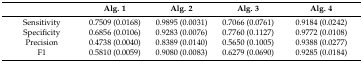
<table><thead><tr><td></td><td><b>Alg. 1</b></td><td><b>Alg. 2</b></td><td><b>Alg. 3</b></td><td><b>Alg. 4</b></td></tr></thead><tbody><tr><td>Sensitivity</td><td>0.7509 (0.0168)</td><td>0.9895 (0.0031)</td><td>0.7066 (0.0761)</td><td>0.9184 (0.0242)</td></tr><tr><td>Specificity</td><td>0.6856 (0.0106)</td><td>0.9283 (0.0076)</td><td>0.7760 (0.1127)</td><td>0.9772 (0.0108)</td></tr><tr><td>Precision</td><td>0.4738 (0.0040)</td><td>0.8389 (0.0140)</td><td>0.5650 (0.1005)</td><td>0.9388 (0.0277)</td></tr><tr><td>F1</td><td>0.5810 (0.0059)</td><td>0.9080 (0.0083)</td><td>0.6279 (0.0690)</td><td>0.9285 (0.0184)</td></tr></tbody></table>